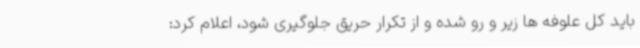
باید کل علوفه ها زیر و رو شده و از تکرار حریق جلوگیری شود، اعلام کرد: